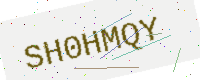
Text: SH0HMQY